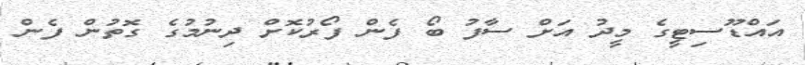
އައްޑޫސިޓީގެ މީދު އަށް ސާފު ބޯ ފެން ފޯރުކޮށް ދިނުމުގެ ގޮތުން ފެން